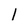
Character: 1